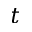
t